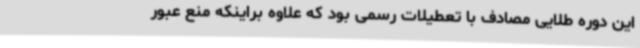
این دوره طلایی مصادف با تعطیلات رسمی بود که علاوه براینکه منع عبور